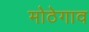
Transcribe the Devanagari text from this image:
मोठेगाव